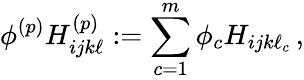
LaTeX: \phi^{(p)}{{H}}_{ijk\ell}^{(p)}:=\sum_{c=1}^{m}\phi_{c}H_{ijk\ell_{c}}\, ,